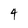
Character: 4